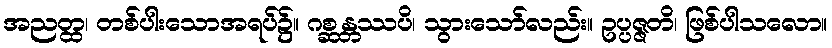
အညတ္ထ၊ တစ်ပါးသောအရပ်၌။ ဂစ္ဆန္တဿပိ၊ သွားသော်လည်း။ ဥပ္ပဇ္ဇတိ၊ ဖြစ်ပါသလော။